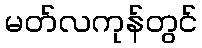
မတ်လကုန်တွင်